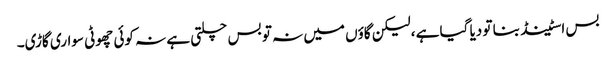
بس اسٹینڈ بنا تو دیا گیا ہے ،لیکن گاؤں میں نہ تو بس چلتی ہے نہ کوئی چھوٹی سواری گاڑی۔